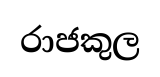
රාජකුල